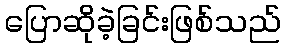
ပြောဆိုခဲ့ခြင်းဖြစ်သည်